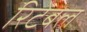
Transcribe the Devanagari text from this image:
रिटेबल